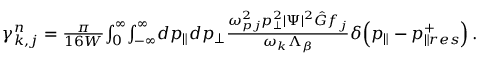
\begin{array} { r } { \gamma _ { k , j } ^ { n } = \frac { \pi } { 1 6 W } \! \int \displaylimits _ { 0 } ^ { \infty } \! \int \displaylimits _ { - \infty } ^ { \infty } \! d p _ { \parallel } d p _ { \perp } \frac { \omega _ { p j } ^ { 2 } p _ { \perp } ^ { 2 } | \Psi | ^ { 2 } \hat { G } f _ { j } } { \omega _ { k } \Lambda _ { \beta } } \delta \! \left( p _ { \parallel } - p _ { \parallel r e s } ^ { + } \right) . } \end{array}